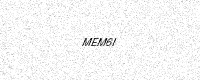
Text: MEM6I